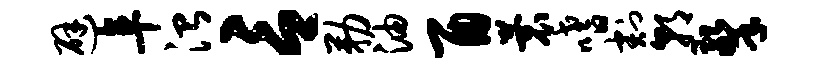
避阜治言勒油酉蓑嗜割朝擎